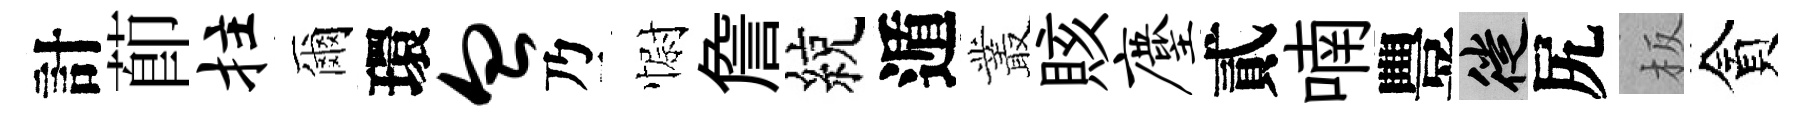
計莭拄爾環血乃𢠢詹綂遁叢賅麈貳喃豐徙尻板貪